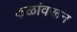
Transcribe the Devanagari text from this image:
फळांवरून